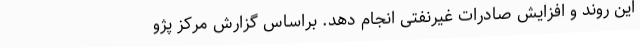
این روند و افزایش صادرات غیرنفتی انجام دهد. براساس گزارش مرکز پژو